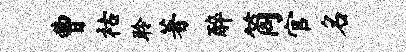
曹祜聆著醉筒官名